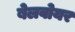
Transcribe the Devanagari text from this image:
बेलवोयर